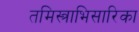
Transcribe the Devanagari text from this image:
तमिस्त्राभिसारिका